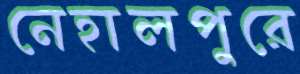
নেহালপুরে